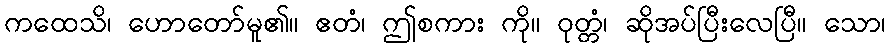
ကထေသိ၊ ဟောတော်မူ၏။ ဧတံ၊ ဤစကား ကို။ ဝုတ္တံ၊ ဆိုအပ်ပြီးလေပြီ။ သော၊